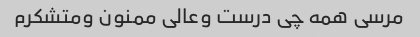
مرسی همه چی درست وعالی ممنون ومتشکرم